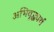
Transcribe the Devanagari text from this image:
अभिवृद्ध्यर्थ